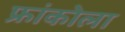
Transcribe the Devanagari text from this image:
फ्रांकोला